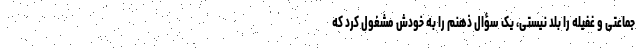
جماعتی و غفیله را بلد نیستی، یک سؤال ذهنم را به خودش مشغول کرد که